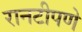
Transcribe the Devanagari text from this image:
रानटीपणे